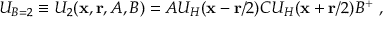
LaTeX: U _ { B = 2 } \equiv U _ { 2 } ( { \bf x } , { \bf r } , A , B ) = A U _ { H } ( { \bf x } - { \bf r } / 2 ) C U _ { H } ( { \bf x } + { \bf r } / 2 ) B ^ { + } ~ ,